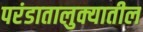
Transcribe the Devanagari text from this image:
परंडातालुक्यातील